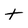
Character: t